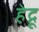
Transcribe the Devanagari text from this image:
हेद्रू